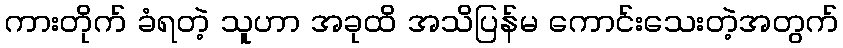
ကားတိုက် ခံရတဲ့ သူဟာ အခုထိ အသိပြန်မ ကောင်းသေးတဲ့အတွက်